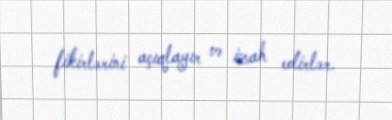
fikirlərini açıqlayır və izah edirlər.